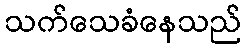
သက်သေခံနေသည်